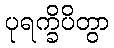
ပုရက္ခိပိတွာ